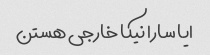
ایا سارا نیکا خارجی هستن